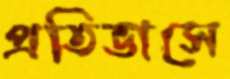
প্রতিভাসে